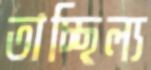
তাচ্ছিল্য